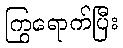
ကြွရောက်ပြီး